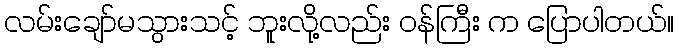
လမ်းချော်မသွားသင့် ဘူးလို့လည်း ဝန်ကြီး က ပြောပါတယ်။